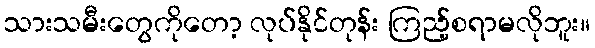
သားသမီးတွေကိုတော့ လုပ်နိုင်တုန်း ကြည့်စရာမလိုဘူး။